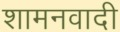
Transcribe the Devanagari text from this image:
शामनवादी